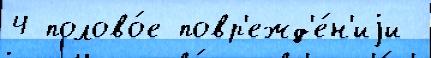
4 полово́е повр'ежд'е́н'иjи